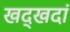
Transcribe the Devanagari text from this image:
खद्खदां